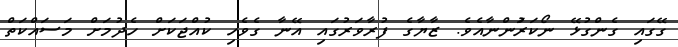
ގޭގައި ގެންގުޅޭ ނޯކަރުަންނާއެވެ. ޒާޔާގެ ފުރާވަރުގައި އޭނާ ގެވެހި ކުއްޖަކަށް ހެދުމަށް މަސައްކަތް